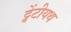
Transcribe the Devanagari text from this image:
ट्वेंटीयथ